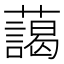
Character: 藹